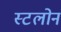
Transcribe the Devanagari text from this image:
स्टलोन